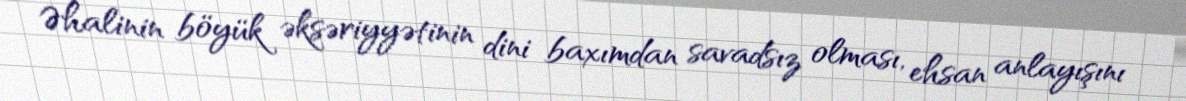
Əhalinin böyük əksəriyyətinin dini baxımdan savadsız olması, ehsan anlayışını